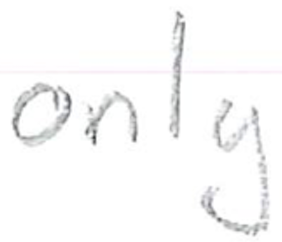
Text: only
Cross-out: clean
Writing tool: pencil